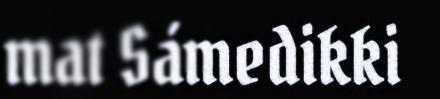
mat Sámedikki